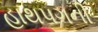
હાથપગની